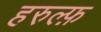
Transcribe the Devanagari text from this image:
हरुल्फ़